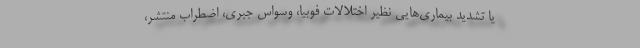
یا تشدید بیماری‌هایی نظیر اختلالات فوبیا، وسواس جبری، اضطراب منتشر،